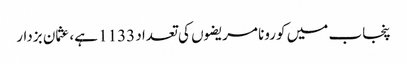
پنجاب میں کورونا مریضوں کی تعداد 1133 ہے، عثمان بزدار